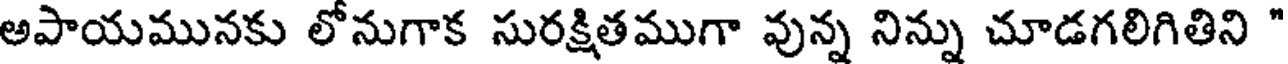
అపాయమునకు లోనుగాక సురక్షితముగా వున్న నిన్ను చూడగలిగితిని "